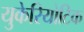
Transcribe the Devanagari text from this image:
युकेरियोटिक